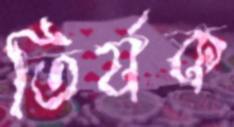
তির্যক